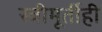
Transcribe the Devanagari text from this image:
स्त्रीमूर्तीही